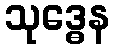
သုဒ္ဓေန